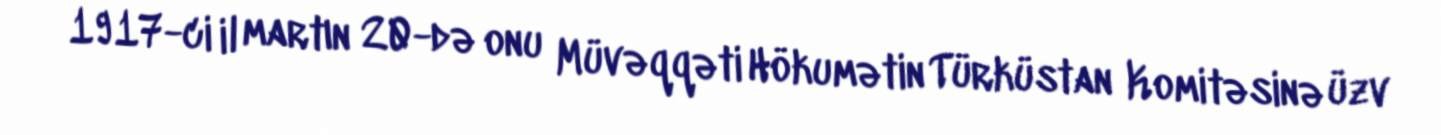
1917-ci il martın 20-də onu Müvəqqəti Hökumətin Türküstan Komitəsinə üzv